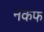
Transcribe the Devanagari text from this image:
नकफ